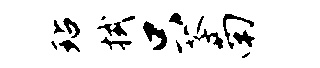
玷拭只苓南